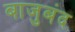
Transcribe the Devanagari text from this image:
बाजुबंद